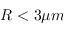
R < 3 \mu m